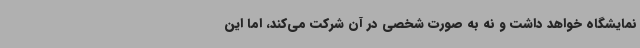
نمایشگاه خواهد داشت و نه به صورت شخصی در آن شرکت می‌کند، اما این